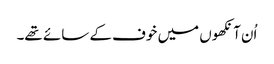
اُن آنکھوں میں خوف کے سائے تھے۔